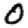
Digit: 0